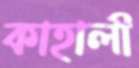
কাহালী